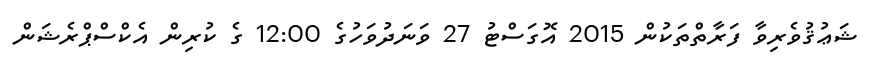
ޝަޢުޤުވެރިވާ ފަރާތްތަކުން 2015 އޮގަސްޓު 27 ވަނަދުވަހުގެ 12:00 ގެ ކުރިން އެކްސްޕްރެޝަން